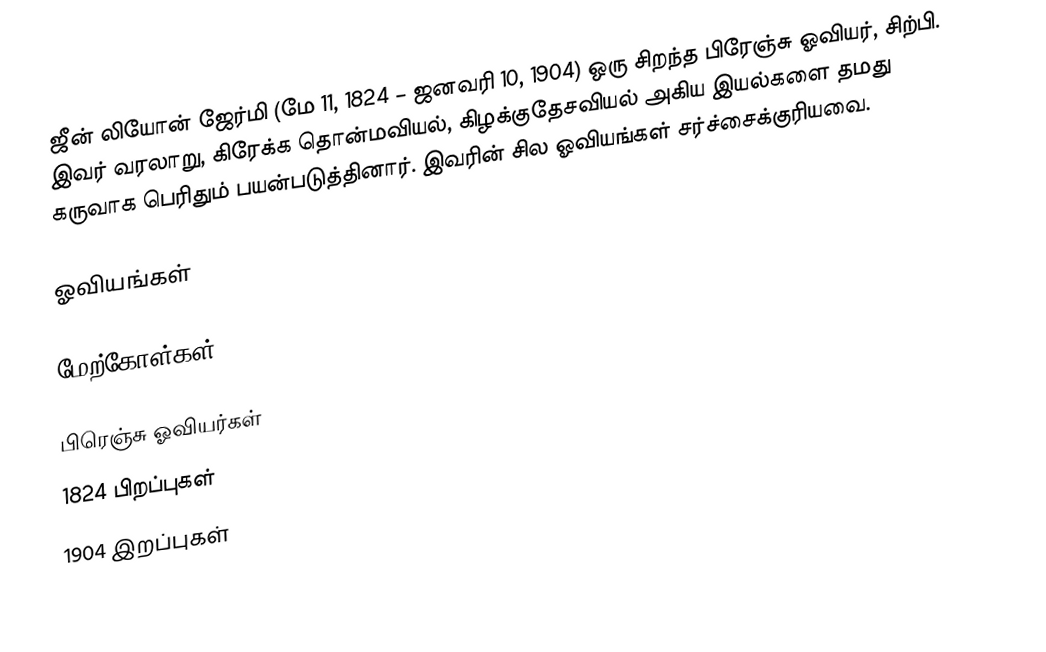
ஜீன் லியோன் ஜேர்மி (மே 11, 1824 – ஜனவரி 10, 1904) ஒரு சிறந்த பிரேஞ்சு ஓவியர், சிற்பி. இவர் வரலாறு, கிரேக்க தொன்மவியல், கிழக்குதேசவியல் அகிய இயல்களை தமது கருவாக பெரிதும் பயன்படுத்தினார். இவரின் சில ஓவியங்கள் சர்ச்சைக்குரியவை.

ஓவியங்கள்

மேற்கோள்கள்

பிரெஞ்சு ஓவியர்கள்
1824 பிறப்புகள்
1904 இறப்புகள்